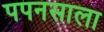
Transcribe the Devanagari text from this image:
पपनसाला